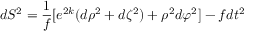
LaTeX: d S ^ { 2 } = { \frac { 1 } { f } } \lbrack e ^ { 2 k } ( d \rho ^ { 2 } + d \zeta ^ { 2 } ) + \rho ^ { 2 } d \varphi ^ { 2 } \rbrack - f d t ^ { 2 }